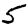
Digit: 5